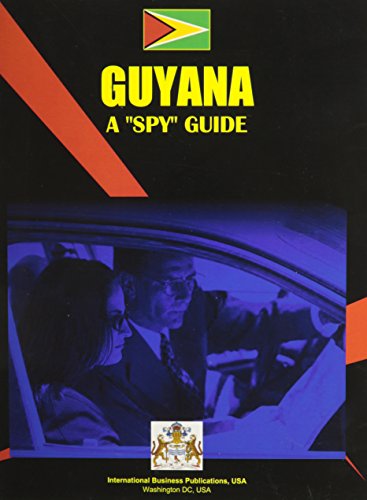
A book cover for Guyana: A Spy Guide (World Investment and Business Guide Library); Ibp Usa; Travel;